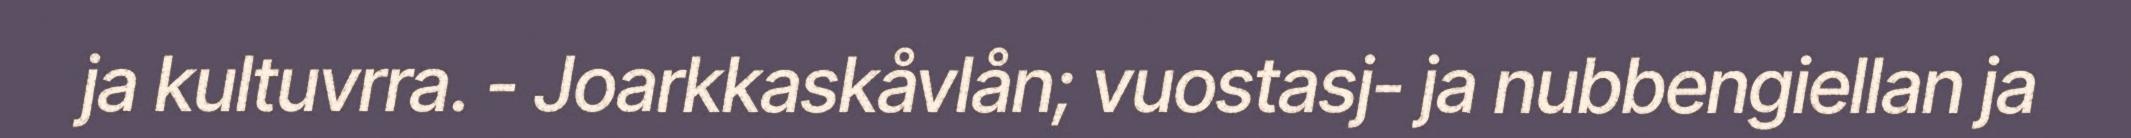
ja kultuvrra. - Joarkkaskåvlån; vuostasj- ja nubbengiellan ja